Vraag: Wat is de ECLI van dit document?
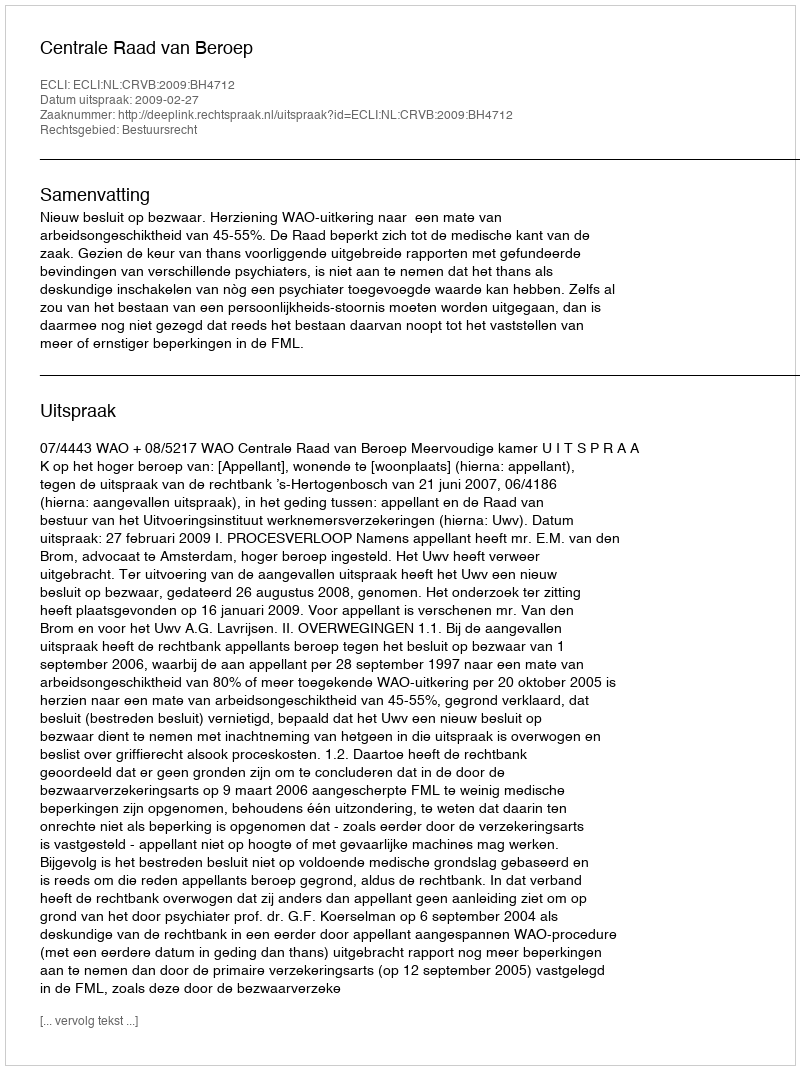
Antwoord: ECLI:NL:CRVB:2009:BH4712